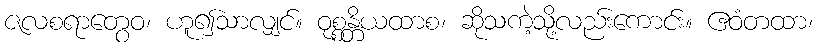
ဇလစရာတွေဝ၊ ဟူ၍သာလျှင်။ ဝုစ္စန္တိယထာစ၊ ဆိုသကဲ့သို့လည်းကောင်း။ ဧဝံတထာ၊